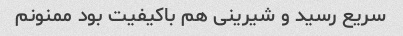
سریع رسید و شیرینی هم باکیفیت بود ممنونم